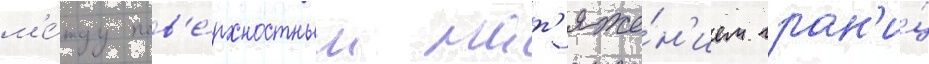
м'е́жду пов'е́рхностным нат'яже́н'ием гран'и́ц